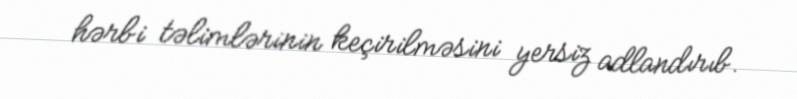
hərbi təlimlərinin keçirilməsini yersiz adlandırıb.